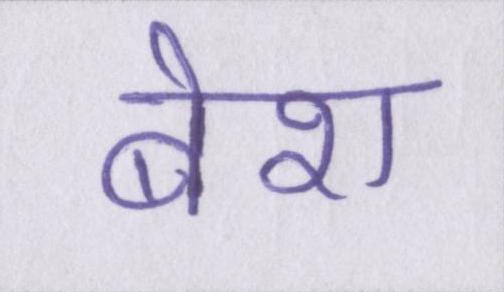
बेश